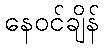
နေဝင်ချိန်